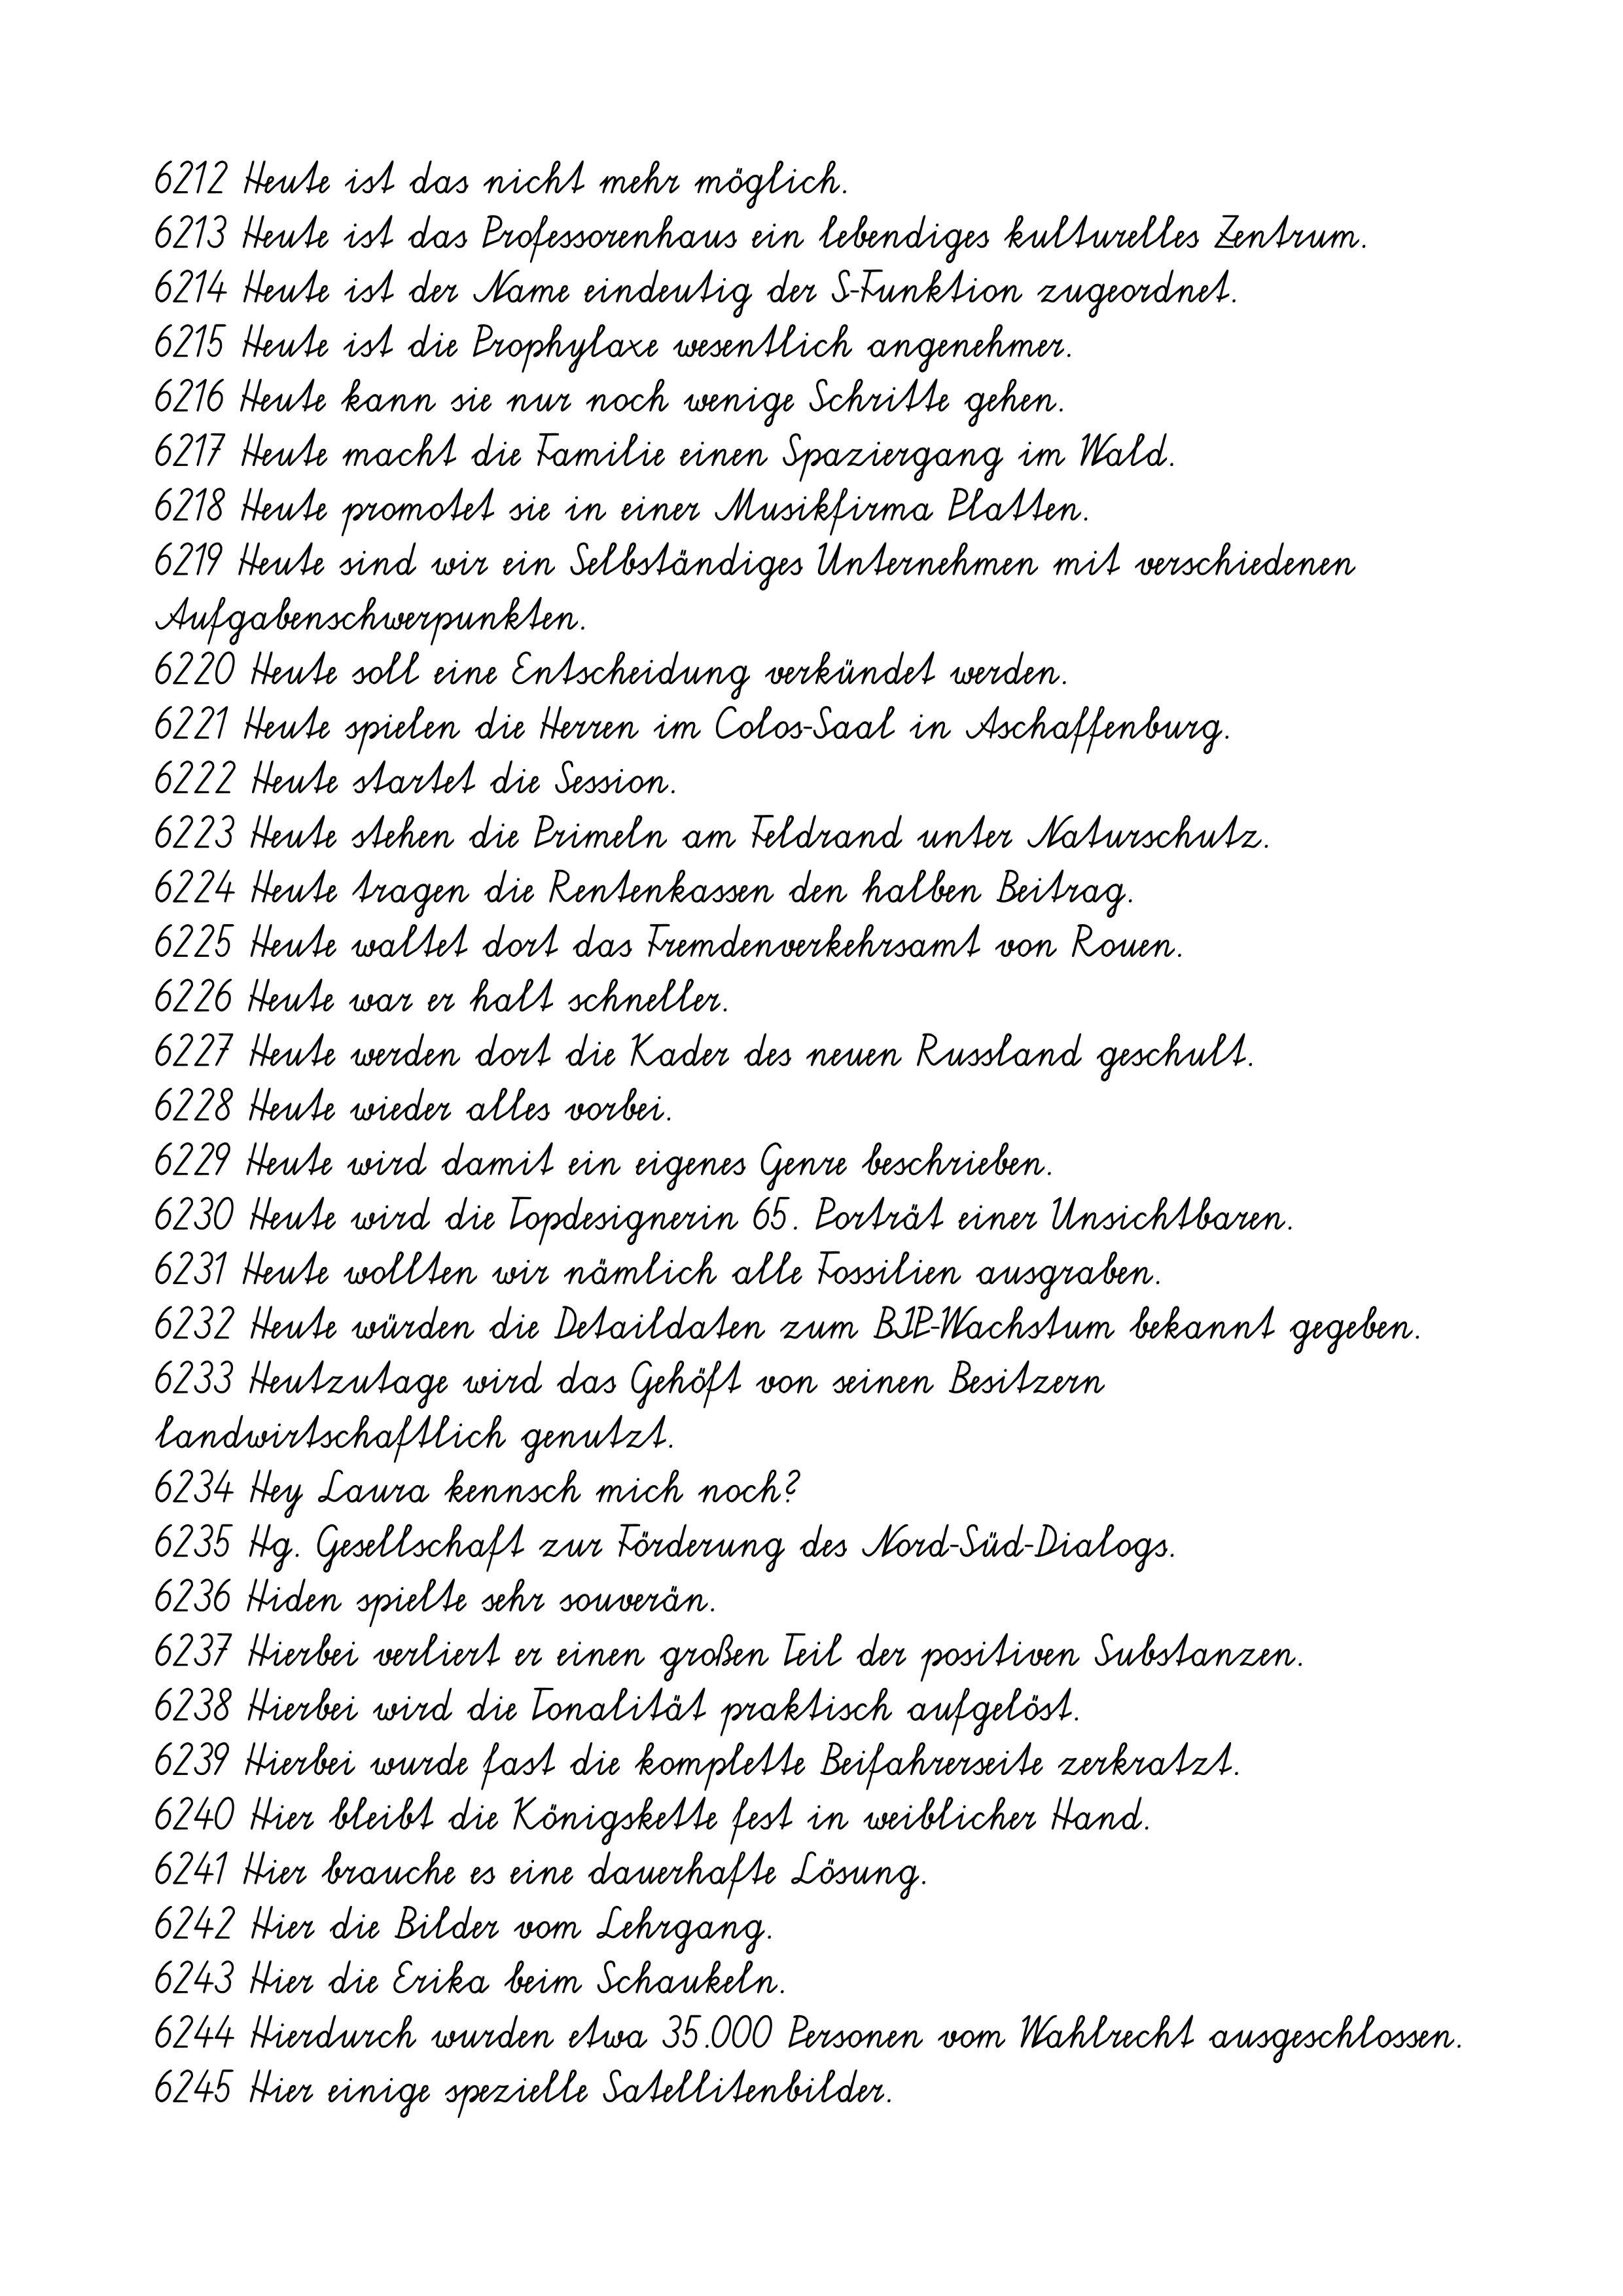
6212 Heute ist das nicht mehr möglich.
6213 Heute ist das Professorenhaus ein lebendiges kulturelles Zentrum.
6214 Heute ist der Name eindeutig der S-Funktion zugeordnet.
6215 Heute ist die Prophylaxe wesentlich angenehmer.
6216 Heute kann sie nur noch wenige Schritte gehen.
6217 Heute macht die Familie einen Spaziergang im Wald.
6218 Heute promotet sie in einer Musikfirma Platten.
6219 Heute sind wir ein Selbständiges Unternehmen mit verschiedenen
Aufgabenschwerpunkten.
6220 Heute soll eine Entscheidung verkündet werden.
6221 Heute spielen die Herren im Colos-Saal in Aschaffenburg.
6222 Heute startet die Session.
6223 Heute stehen die Primeln am Feldrand unter Naturschutz.
6224 Heute tragen die Rentenkassen den halben Beitrag.
6225 Heute waltet dort das Fremdenverkehrsamt von Rouen.
6226 Heute war er halt schneller.
6227 Heute werden dort die Kader des neuen Russland geschult.
6228 Heute wieder alles vorbei.
6229 Heute wird damit ein eigenes Genre beschrieben.
6230 Heute wird die Topdesignerin 65. Porträt einer Unsichtbaren.
6231 Heute wollten wir nämlich alle Fossilien ausgraben.
6232 Heute würden die Detaildaten zum BIP-Wachstum bekannt gegeben.
6233 Heutzutage wird das Gehöft von seinen Besitzern
landwirtschaftlich genutzt.
6234 Hey Laura kennsch mich noch?
6235 Hg. Gesellschaft zur Förderung des Nord-Süd-Dialogs.
6236 Hiden spielte sehr souverän.
6237 Hierbei verliert er einen großen Teil der positiven Substanzen.
6238 Hierbei wird die Tonalität praktisch aufgelöst.
6239 Hierbei wurde fast die komplette Beifahrerseite zerkratzt.
6240 Hier bleibt die Königskette fest in weiblicher Hand.
6241 Hier brauche es eine dauerhafte Lösung.
6242 Hier die Bilder vom Lehrgang.
6243 Hier die Erika beim Schaukeln.
6244 Hierdurch wurden etwa 35.000 Personen vom Wahlrecht ausgeschlossen.
6245 Hier einige spezielle Satellitenbilder.